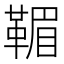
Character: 𩋿